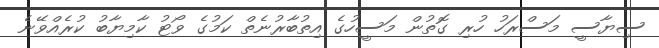
ސިޔާސީ މަސްރަހު ހުރި ގޮތުން މަސީހުގެ އިތުބާރުނެތް ކަމުގެ ވޯޓު ކާމިޔާބު ކުރެއްވޭނެ